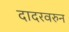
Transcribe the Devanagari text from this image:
दादरवरुन